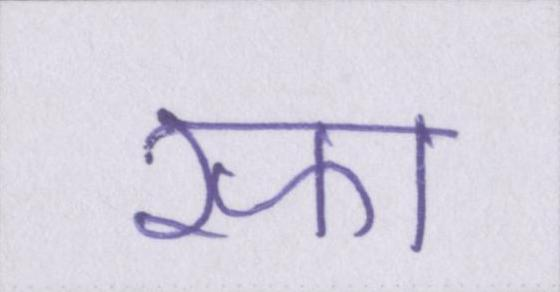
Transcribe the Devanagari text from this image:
रफा